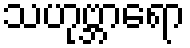
သဟုဗ္ဘာရော